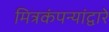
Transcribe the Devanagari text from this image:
मित्रकंपन्यांद्वारे